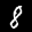
Label: 8